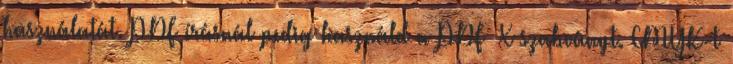
használatát. PDF írásnál pedig használd a PDF X szabványt. CMYK-t